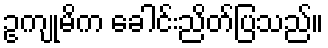
ဥကျုမိက ခေါင်းညိတ်ပြသည်။